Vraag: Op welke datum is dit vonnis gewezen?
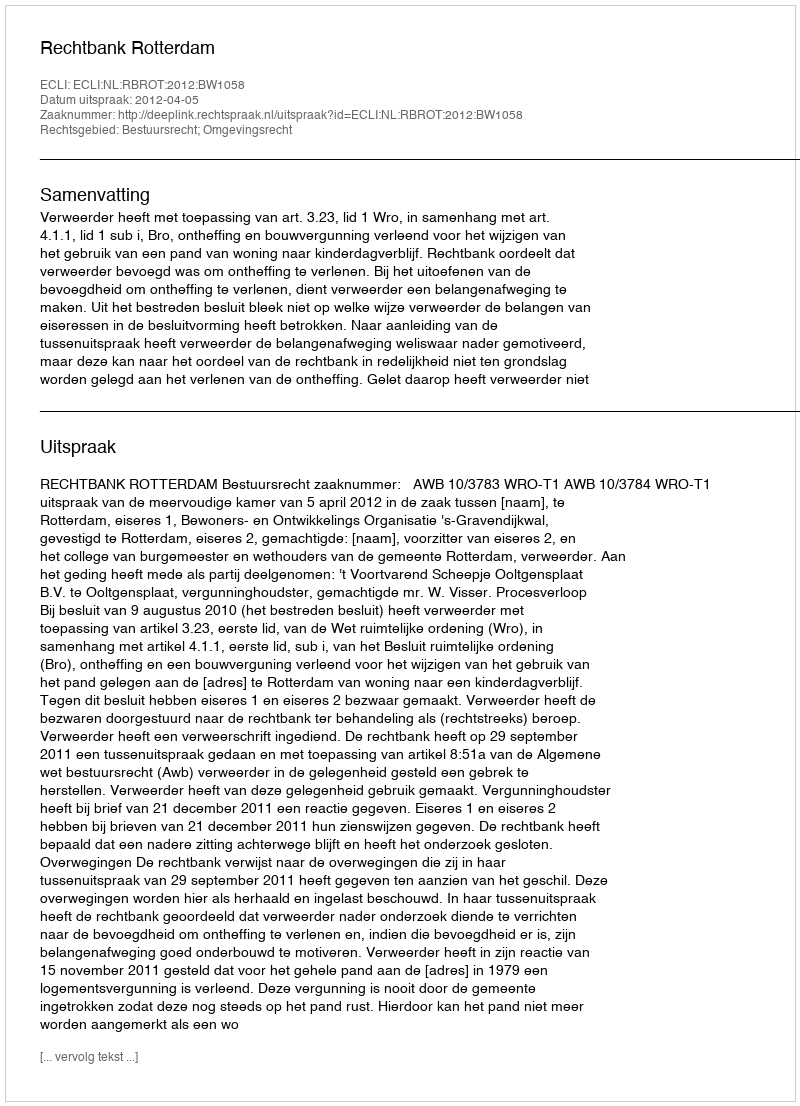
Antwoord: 2012-04-05